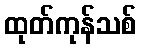
ထုတ်ကုန်သစ်